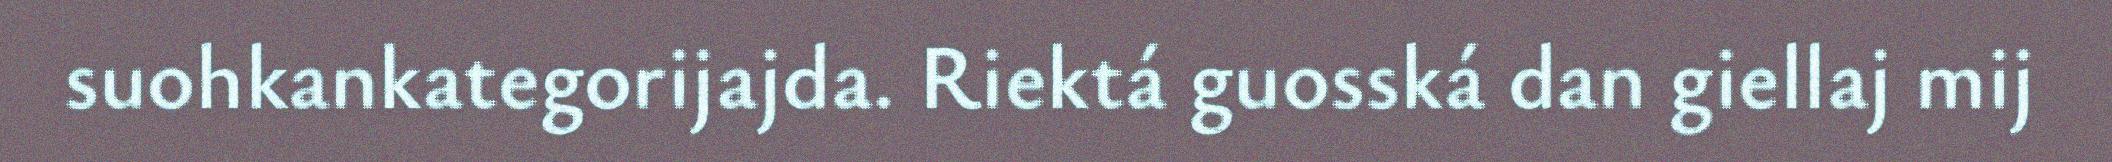
suohkankategorijajda. Riektá guosská dan giellaj mij